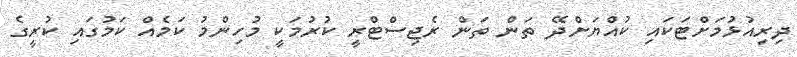
ދިރިއުޅުމަށްޓަކައި ކުއްޔަށްދޭ ތަން ތަން ރެޖިސްޓްރީ ކުރުމަކީ މުހިންމު ކަމެއް ކަމުގައި ކުރީގެ